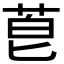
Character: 𫈇